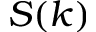
S ( k )